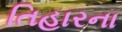
તિહારના